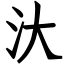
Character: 汏